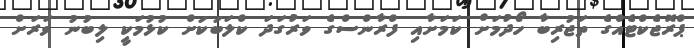
ޕްރޮޖެކްޓެއްގެ ތަޖުރިބާ ހޯދުމަށް ކަމަށާއި ފްރާންސްގެ ވަރުގަދަ ކްލަބަކަށް ކުޅުމަކީ ލިބުނު ވަރަށް